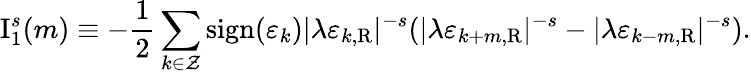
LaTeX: \mathrm{I}_{1}^{s}(m)\equiv-\frac{1}{2}\sum_{k\in\cal Z}\mathrm{sign}(\varepsilon_{k})|\lambda\varepsilon_{k,\mathrm{R}}|^{-s}(|\lambda\varepsilon_{k+m,\mathrm{R}}|^{-s}-|\lambda\varepsilon_{k-m,\mathrm{R}}|^{-s}).